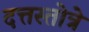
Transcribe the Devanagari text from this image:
दत्तस्तोत्रे